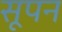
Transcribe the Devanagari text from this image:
सूपन